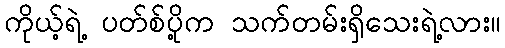
ကိုယ့်ရဲ့ ပတ်စ်ပို့က သက်တမ်းရှိသေးရဲ့လား။